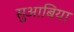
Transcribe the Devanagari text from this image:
सुआबिया